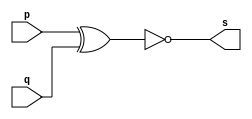
// Exercicio03 - XNOR  
// Nome: Roger Rubens Machado 

// -- xnor gate

module xnorgate(output s, input p, input q);
 assign s = (~(p ^ q));
endmodule // xnorgate

module testxnorgate;
 reg a, b;
 wire s;

xnorgate XNOR1 (s, a, b);

initial begin: start
	a = 0;
	b = 0;
end

initial begin: main
	$display("Exercicio03 - Roger Rubens Machado - 430533"); 
	$display("Test xnor gate");
	$display("\n\t\t\t(~(a ^ b)) = s\n");
	$monitor("%d\t(~(%b ^ %b)) = %b", $time,a, b, s);
	#1 a = 0; b = 0;
	#1 a = 0; b = 1;
	#1 a = 1; b = 0;
	#1 a = 1; b = 1;
end
endmodule // testxnorgate